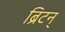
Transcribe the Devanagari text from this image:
ब्रिटन्